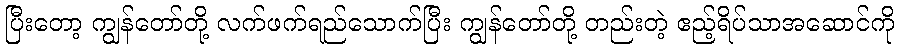
ပြီးတော့ ကျွန်တော်တို့ လက်ဖက်ရည်သောက်ပြီး ကျွန်တော်တို့ တည်းတဲ့ ဧည့်ရိပ်သာအဆောင်ကို